Madras plague regulations in force outside the Presidency town - Volume 6
Disease focus: Plague
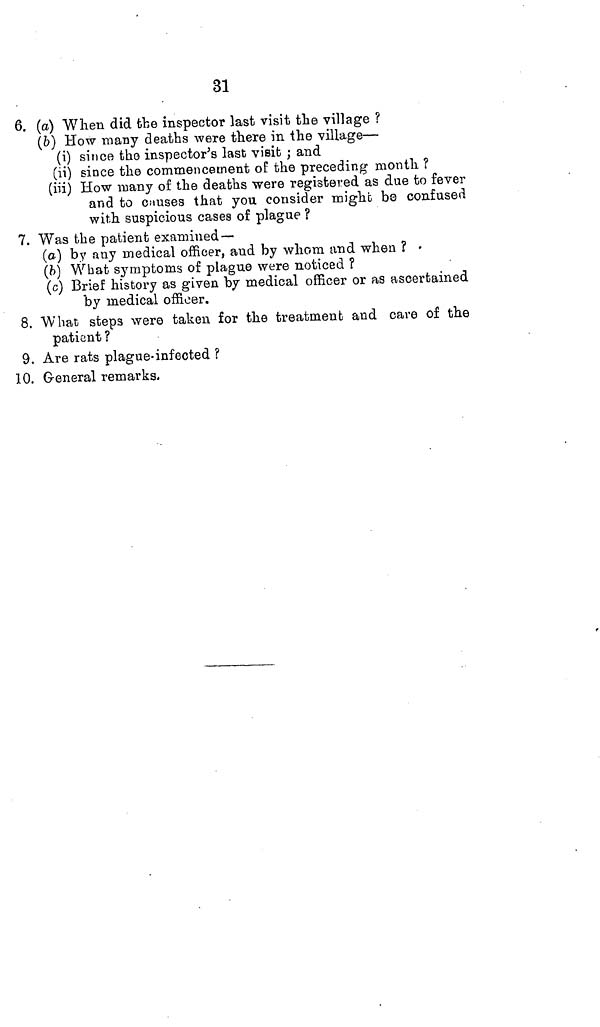
31
6. (a) When did the inspector last visit the village ?
(b) How many deaths were there in the village—
(i) since the inspector's last visit ; and
(ii) since the commencement of the preceding month ?
(iii) How many of the deaths were registered as due to fever
and to Causes that you consider might be confused
with suspicious cases of plague ?
7. Was the patient examined —
(a) by any medical officer, and by whom and when ?
(b) What symptoms of plague were noticed ?
(c) Brief history as given by medical officer or as ascertained
by medical officer.
8. What steps were taken for the treatment and care of the
patient ?
9. Are rats plague-infected ?
10. General remarks.